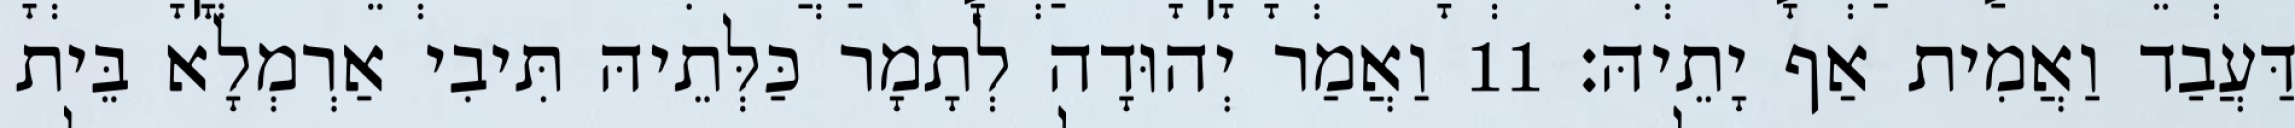
דַּעֲבַד וַאֲמִית אַף יָתֵיהּ׃ 11 וַאֲמַר יְהוּדָה לְתָמָר כַּלְּתֵיהּ תִּיבִי אַרְמְלָא בֵּית